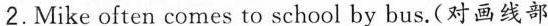
2. Mike often comes to school \underline{by bus}.(对画线部